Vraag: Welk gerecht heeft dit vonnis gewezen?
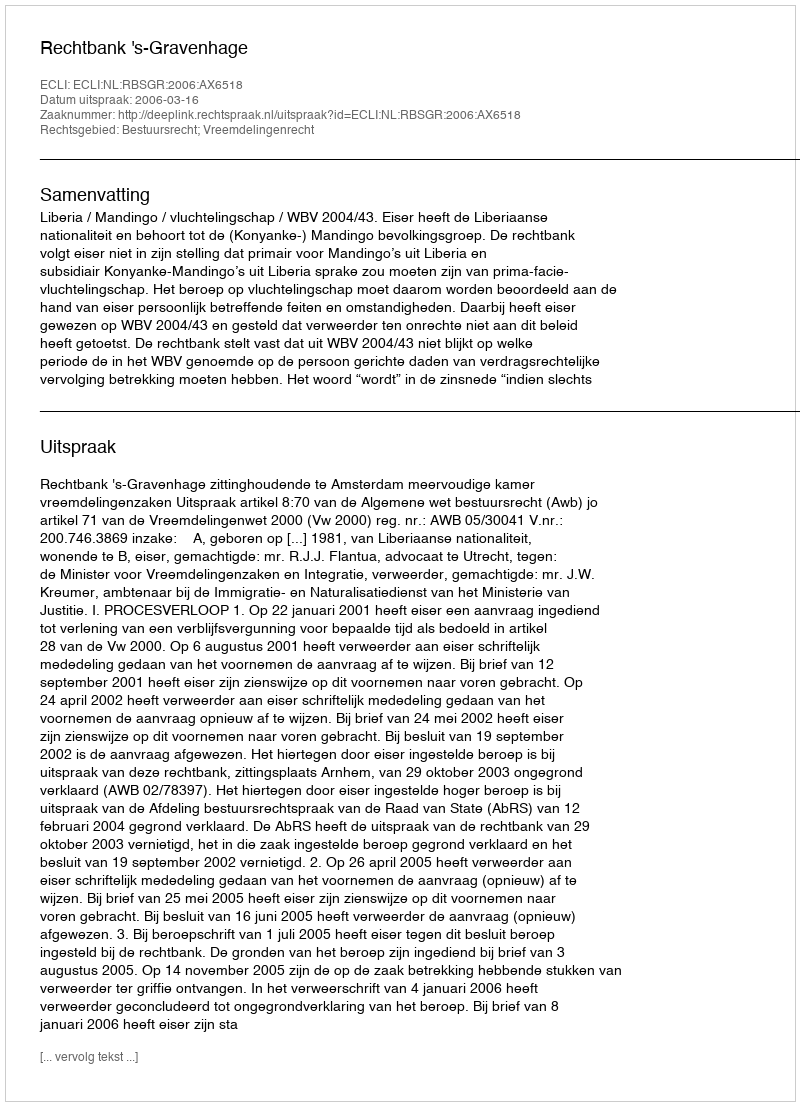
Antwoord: Rechtbank 's-Gravenhage